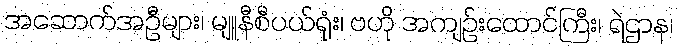
အဆောက်အဦများ၊ မျူနီစီပယ်ရုံး၊ ဗဟို အကျဉ်းထောင်ကြီး၊ ရဲဌာန၊